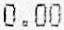
0.00